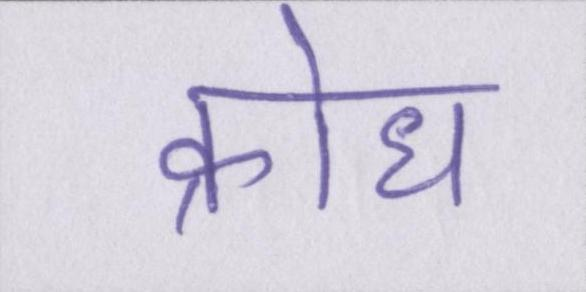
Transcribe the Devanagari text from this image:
क्रोध